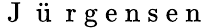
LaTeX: \mathrm{~J~}\ddot{\mathrm{~u~}}\mathrm{~r~g~e~n~s~e~n~}